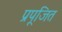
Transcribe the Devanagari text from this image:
प्रपूजित